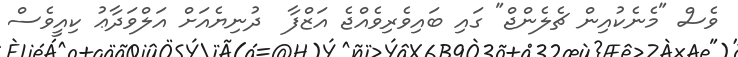
ވެސް "މެނެކުއިން ޗެލެންޖް" ގައި ބައިވެރިވެއްޖެ އަޒްފާ  ދުނިޔެއަށް އަލްވަދާޢު ކިއީވެސް